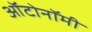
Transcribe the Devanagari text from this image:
ऑटोनॉमी